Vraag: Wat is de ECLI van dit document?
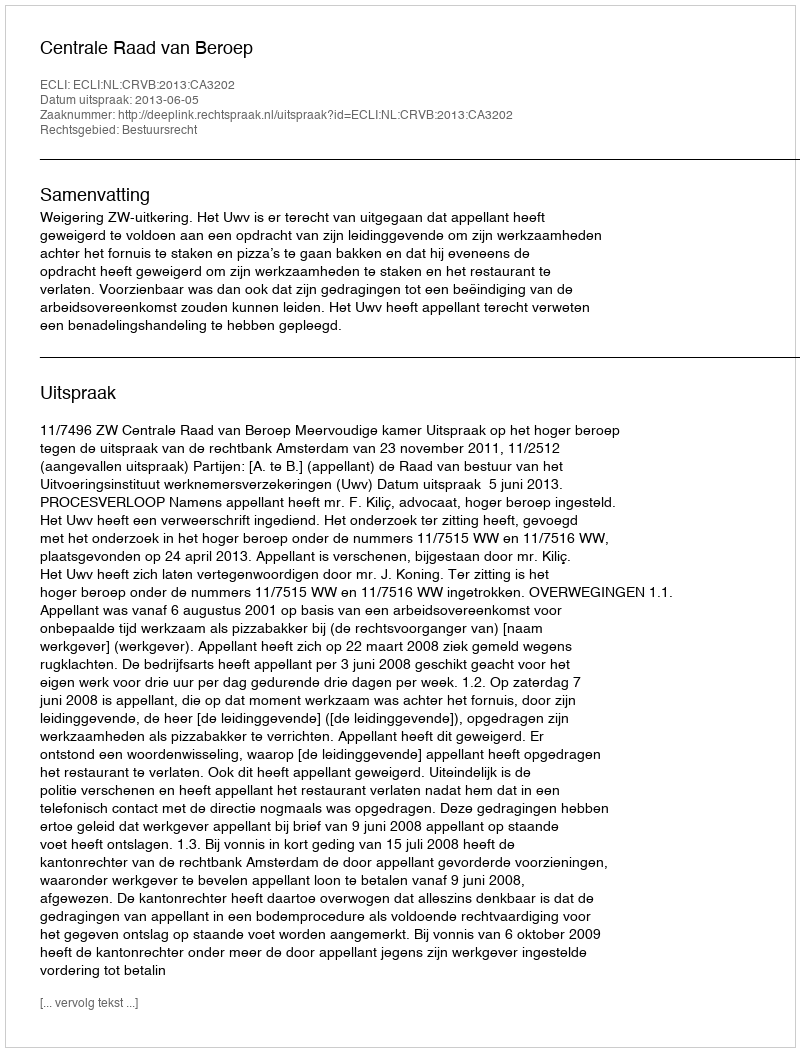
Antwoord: ECLI:NL:CRVB:2013:CA3202